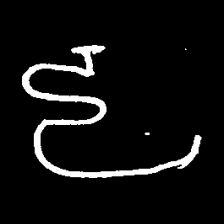
Pyu character \u2014 Myanmar letter: ဠ (romanized: lla)